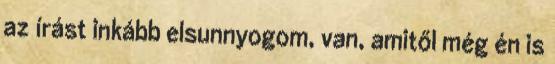
az írást inkább elsunnyogom, van, amitől még én is